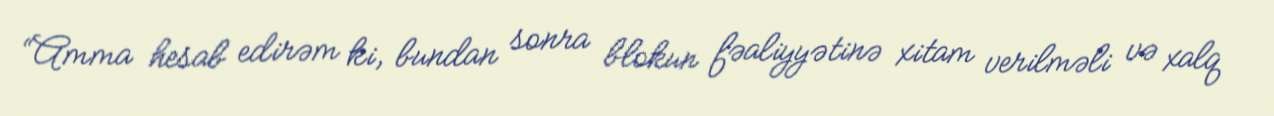
“Amma hesab edirəm ki, bundan sonra blokun fəaliyyətinə xitam verilməli və xalq